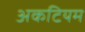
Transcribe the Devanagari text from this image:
अकटियम